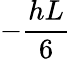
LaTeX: -\frac{hL}{6}